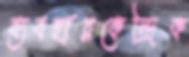
ব্যবহারকেন্দ্রিক